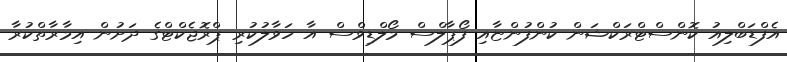
އެފްޑަބްލިއު ކޮންސްޓްރަކްޝަން ކުންފުންޏާއި ފޯޕާލްސް މޯލްޑިވްސް އާ ހަވާލުކުރި ޕްރޮޖެކްޓްގެ ދަށުން އިމާރާތްކުރާ